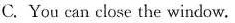
C. You can close the window.